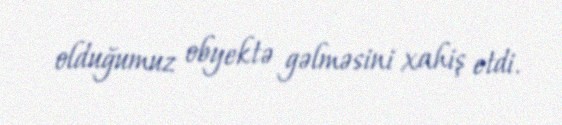
olduğumuz obyektə gəlməsini xahiş etdi.